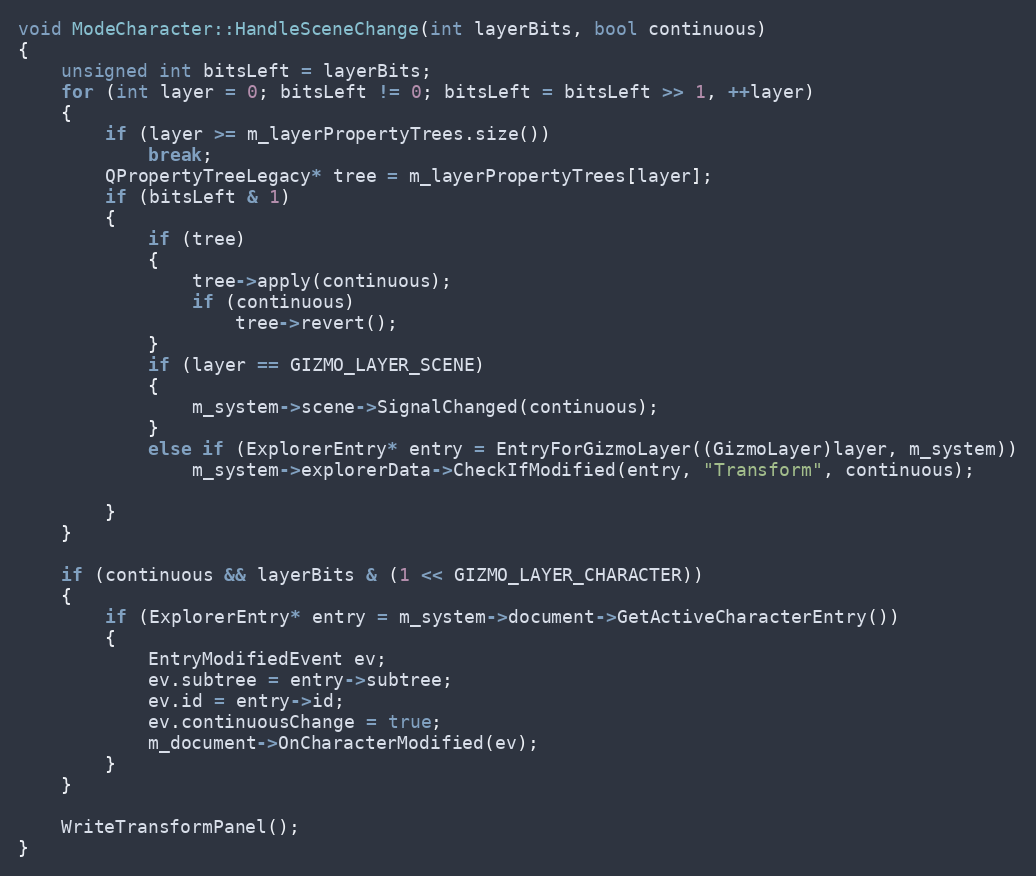
Language: C++
void ModeCharacter::HandleSceneChange(int layerBits, bool continuous)
{
	unsigned int bitsLeft = layerBits;
	for (int layer = 0; bitsLeft != 0; bitsLeft = bitsLeft >> 1, ++layer)
	{
		if (layer >= m_layerPropertyTrees.size())
			break;
		QPropertyTreeLegacy* tree = m_layerPropertyTrees[layer];
		if (bitsLeft & 1)
		{
			if (tree)
			{
				tree->apply(continuous);
				if (continuous)
					tree->revert();
			}
			if (layer == GIZMO_LAYER_SCENE)
			{
				m_system->scene->SignalChanged(continuous);
			}
			else if (ExplorerEntry* entry = EntryForGizmoLayer((GizmoLayer)layer, m_system))
				m_system->explorerData->CheckIfModified(entry, "Transform", continuous);

		}
	}

	if (continuous && layerBits & (1 << GIZMO_LAYER_CHARACTER))
	{
		if (ExplorerEntry* entry = m_system->document->GetActiveCharacterEntry())
		{
			EntryModifiedEvent ev;
			ev.subtree = entry->subtree;
			ev.id = entry->id;
			ev.continuousChange = true;
			m_document->OnCharacterModified(ev);
		}
	}

	WriteTransformPanel();
}